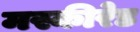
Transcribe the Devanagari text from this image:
मस्कीरेड